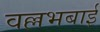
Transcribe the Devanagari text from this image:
वल्लभबाई